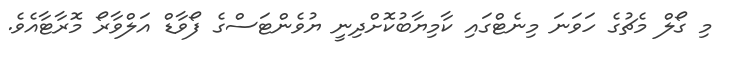
މި ގޯލް މެޗުގެ ހަވަނަ މިނެޓްގައި ކާމިޔާބުކޮށްދިނީ ޔުވެންޓަސްގެ ފޯވާޑް އަލްވާރޯ މޮރާޓާއެވެ.